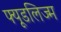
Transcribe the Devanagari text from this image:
फ्यूडलिज्म